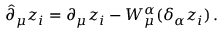
\hat { \partial } _ { \mu } z _ { i } = \partial _ { \mu } z _ { i } - W _ { \mu } ^ { \alpha } ( \delta _ { \alpha } z _ { i } ) \, .